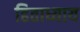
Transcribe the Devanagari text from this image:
हिताध्याय